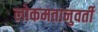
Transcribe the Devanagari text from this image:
लोकमतानुवर्ती